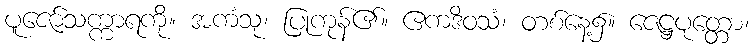
ပူဇော်သက္ကာရကို။ အကံသု၊ ပြုကုန်၏။ ဧကဒိဝသံ၊ တစ်နေ့၌။ ဇေဋ္ဌပုတ္တော၊